Note on the mental hospitals in Burma - 1925-1940
Year: 1925
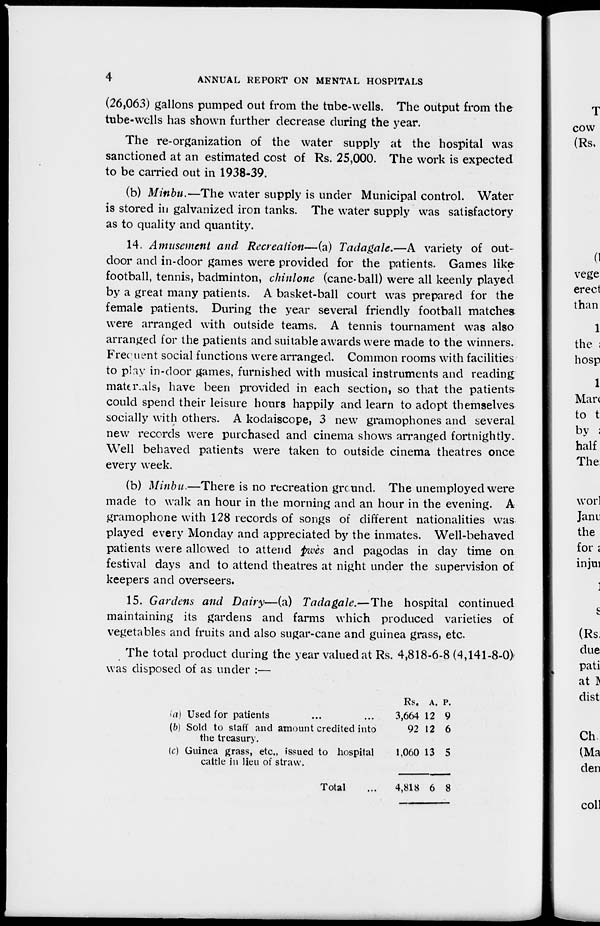
4
ANNUAL REPORT ON MENTAL HOSPITALS
(26,063) gallons pumped out from the tube-wells. The output from the
tube-wells has shown further decrease during the year.
The re-organization of the water supply at the hospital was
sanctioned at an estimated cost of Rs. 25,000. The work is expected
to be carried out in 1938-39.
(b) Minbu.—The water supply is under Municipal control. Water
is stored in galvanized iron tanks. The water supply was satisfactory
as to quality and quantity.
14. Amusement and Recreation—(a) Tadagale.—A variety of out-
door and in-door games were provided for the patients. Games like
football, tennis, badminton, chinlone (cane-ball) were all keenly played
by a great many patients. A basket-ball court was prepared for the
female patients. During the year several friendly football matches
were arranged with outside teams. A tennis tournament was also
arranged for the patients and suitable awards were made to the winners.
Frequent social functions were arranged. Common rooms with facilities
to play in-door games, furnished with musical instruments and reading
materials, have been provided in each section, so that the patients
could spend their leisure hours happily and learn to adopt themselves
socially with others. A kodaiscope, 3 new gramophones and several
new records were purchased and cinema shows arranged fortnightly.
Well behaved patients were taken to outside cinema theatres once
every week.
(b) Minbu.—There is no recreation ground. The unemployed were
made to walk an hour in the morning and an hour in the evening. A
gramophone with 128 records of songs of different nationalities was
played every Monday and appreciated by the inmates. Well-behaved
patients were allowed to attend pwès and pagodas in day time on
festival days and to attend theatres at night under the supervision of
keepers and overseers.
15. Gardens and Dairy—(a) Tadagale.—The hospital continued
maintaining its gardens and farms which produced varieties of
vegetables and fruits and also sugar-cane and guinea grass, etc.
The total product during the year valued at Rs. 4,818-6-8 (4,141-8-0)
was disposed of as under :—
(a) Used for patients ... ...
(b) Sold to staff and amount credited into
the treasury.
(c) Guinea grass, etc., issued to hospital
cattle in lieu of straw.
Total ...
Rs.
3,664
92
1,060
4,818
A.
12
12
13
6
P.
9
6
5
8